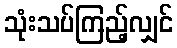
သုံးသပ်ကြည့်လျှင်